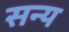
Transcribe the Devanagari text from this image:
सन्य